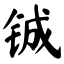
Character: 铖